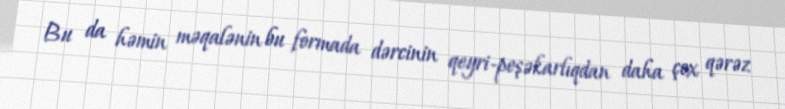
Bu da həmin məqalənin bu formada dərcinin qeyri-peşəkarlıqdan daha çox qərəz